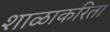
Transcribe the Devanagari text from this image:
शाळाकरिता